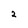
Character: 2